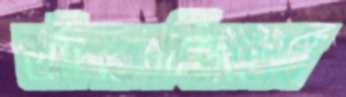
আঁৎকাচ্ছিলেন